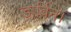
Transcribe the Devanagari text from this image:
डार्विन।